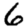
Digit: 6